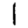
Digit: 1